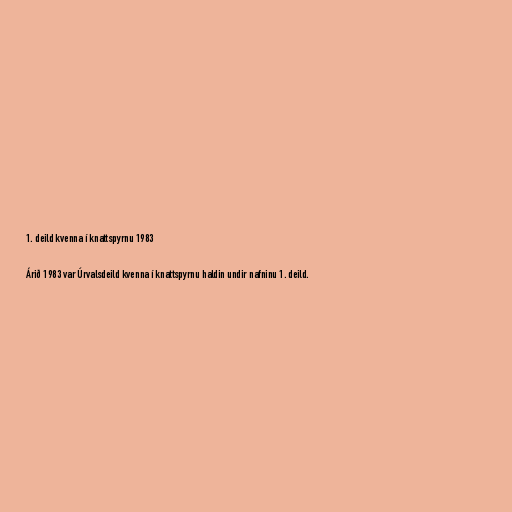
1. deild kvenna í knattspyrnu 1983

Árið 1983 var Úrvalsdeild kvenna í knattspyrnu haldin undir nafninu 1. deild.